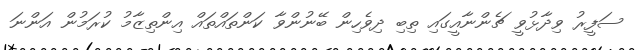
ސަފީރު ވިދާޅުވީ ޗެންނާއީގައި ތިބި ދިވެހިން ބޭނުންވާ ކަންތައްތައް އިންތިޒާމު ކުރަމުން އަންނަ